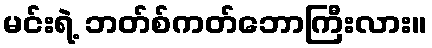
မင်းရဲ့ ဘတ်စ်ကတ်ဘောကြီးလား။